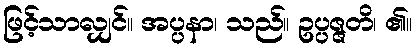
ဖြင့်သာလျှင်။ အပ္ပနာ၊ သည်။ ဥပ္ပဇ္ဇတိ၊ ၏။